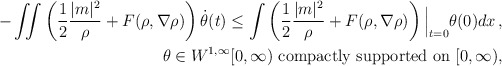
\begin{align*} \begin{aligned} - \iint \left ( \frac{1}{2} \frac{|m |^2}{\rho} + F(\rho,\nabla\rho) \right ) \dot\theta(t) \le \int \left ( \frac{1}{2} \frac{|m |^2}{\rho } + F(\rho,\nabla\rho) \right ) \Big |_{t=0} \theta(0)dx \, , \\ \ \theta \in W^{1, \infty} [0, \infty) \ \mbox{compactly supported on $[0, \infty)$}, \end{aligned}\end{align*}